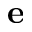
\mathbf { e }